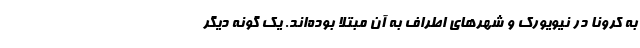
به کرونا در نیویورک و شهرهای اطراف به آن مبتلا بوده‌اند. یک گونه دیگر